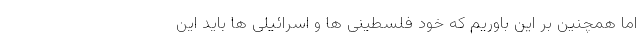
اما همچنین بر این باوریم که خود فلسطینی ها و اسرائیلی ها باید این